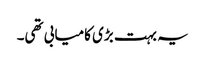
یہ بہت بڑی کامیابی تھی۔